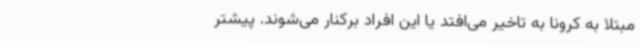
مبتلا به کرونا به تاخیر می‌افتد یا این افراد برکنار می‌شوند. پیشتر